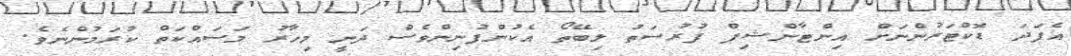
އެފަދަ ޑޮކްޓަރުންނަށް އިންޓާންޝިޕް ފުރުސަތު ލިބޭތޯ އެކުންފުނިންވެސް ދަނީ މިހާރު މަސައްކަތް ކުރަމުންނެވެ.